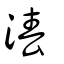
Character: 湷